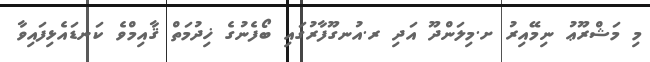
މި މަޝްރޫޢު ނިމޭއިރު ށ.މިލަންދޫ އަދި ރ.އުނގޫފާރުގައި ބޯފެނުގެ ޚިދުމަތް ޤާއިމްވެ ކަނޑައެޅިފައިވާ